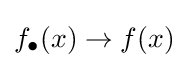
f_{\bullet }(x)\to f(x)